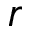
\boldsymbol { r }